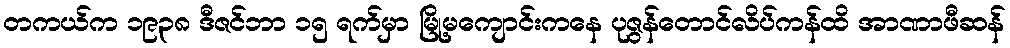
တကယ်က ၁၉၃၈ ဒီဇင်ဘာ ၁၅ ရက်မှာ မြို့မကျောင်းကနေ ပုဇွန်တောင်လိပ်ကန်ထိ အာဏာဖီဆန်